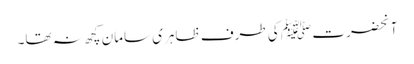
آنحضرت ﷺ کی طرف ظاہری سامان کچھ نہ تھا۔